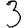
Digit: 3